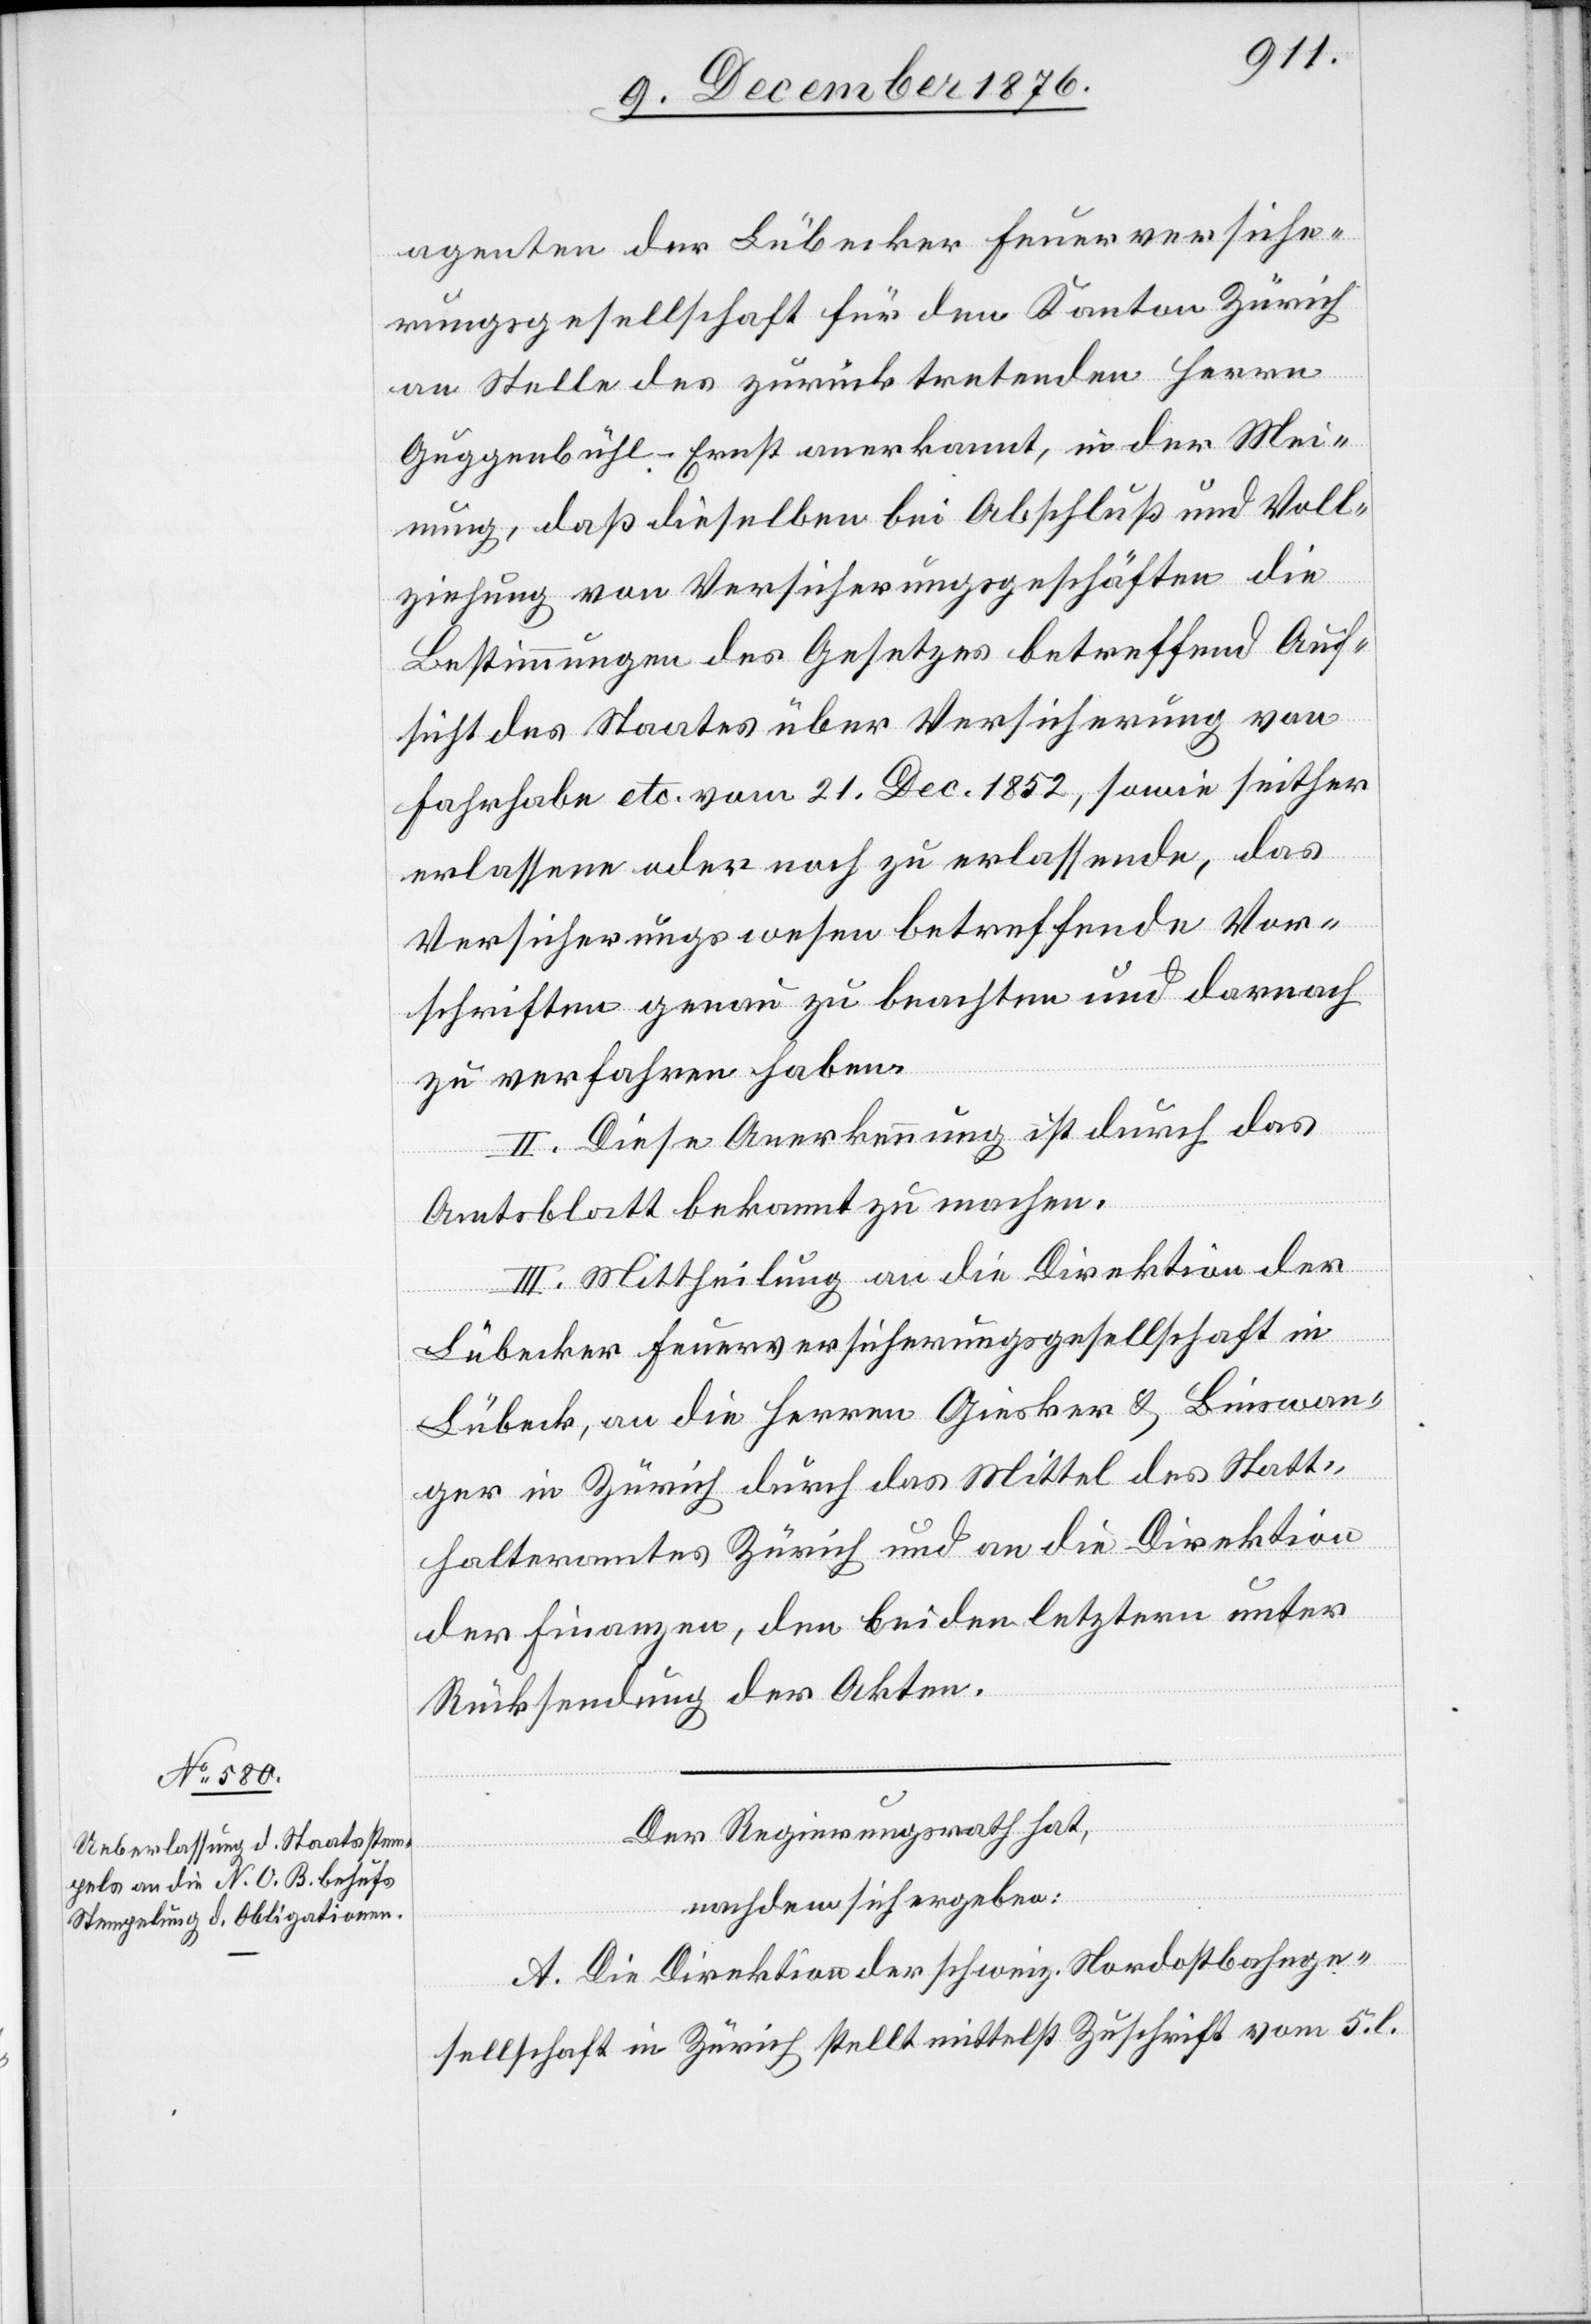
agenten der Lübecker Feuerversiche¬
rungsgesellschaft fü den Kanton Zürich
an Stelle des zurücktretenden Herrn
Guggenbühl-Ernst anerkannt, in der Mei¬
nung, daß dieselben bei Abschluß und Voll¬
ziehung von Versicherungsgeschäften die
Bestimmungen des Gesetzes betreffend Auf¬
sicht des Staates über Versicherung von
Fahrhabe etc. vom 21. Dec. 1852, sowie seither
erlassene oder noch zu erlassende, das
Versicherungswesen betreffende Vor¬
schriften genau zu beachten und darnach
zu verfahren haben.
II. Diese Anerkennung ist durch das
Amtsblatt bekannt zu machen.
III. Mittheilung an die Direktion der
Lübecker Feuerversicherungsgesellschaft in
Lübeck, an die Herren Giesker & Binswan¬
ger in Zürich durch das Mittel des Statt¬
halteramtes Zürich und an die Direktion
der Finanzen, den beiden letztern unter
Rücksendung der Akten.
Der Regierungsrath hat,
nachdem sich ergeben:
A. Die Direktion der schweiz. Nordostbahnge¬
sellschaft in Zürich stellt mittelst Zuschrift vom 5. l.